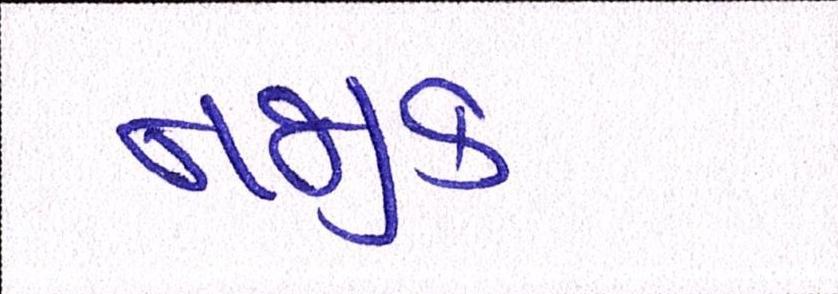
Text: નજીક